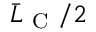
\bar { L } _ { \mathrm { ~ C ~ } } / 2